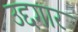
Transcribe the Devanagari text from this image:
उद्दगार